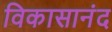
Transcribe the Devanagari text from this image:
विकासानंद